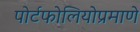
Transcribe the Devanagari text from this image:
पोर्टफोलियोप्रमाणे